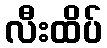
လီးထိပ်